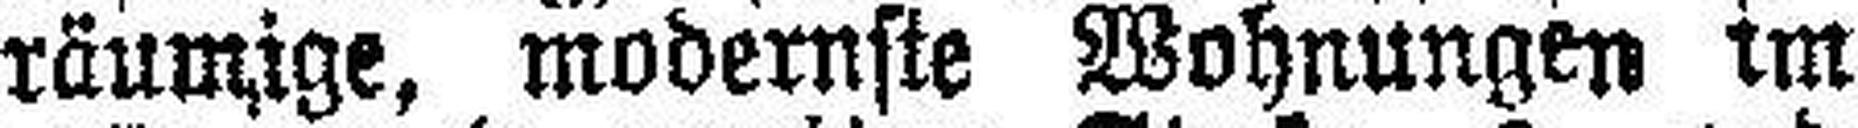
räumige, modernste Wohnungen im